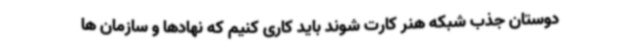
دوستان جذب شبکه هنر کارت شوند باید کاری کنیم که نهادها و سازمان ها